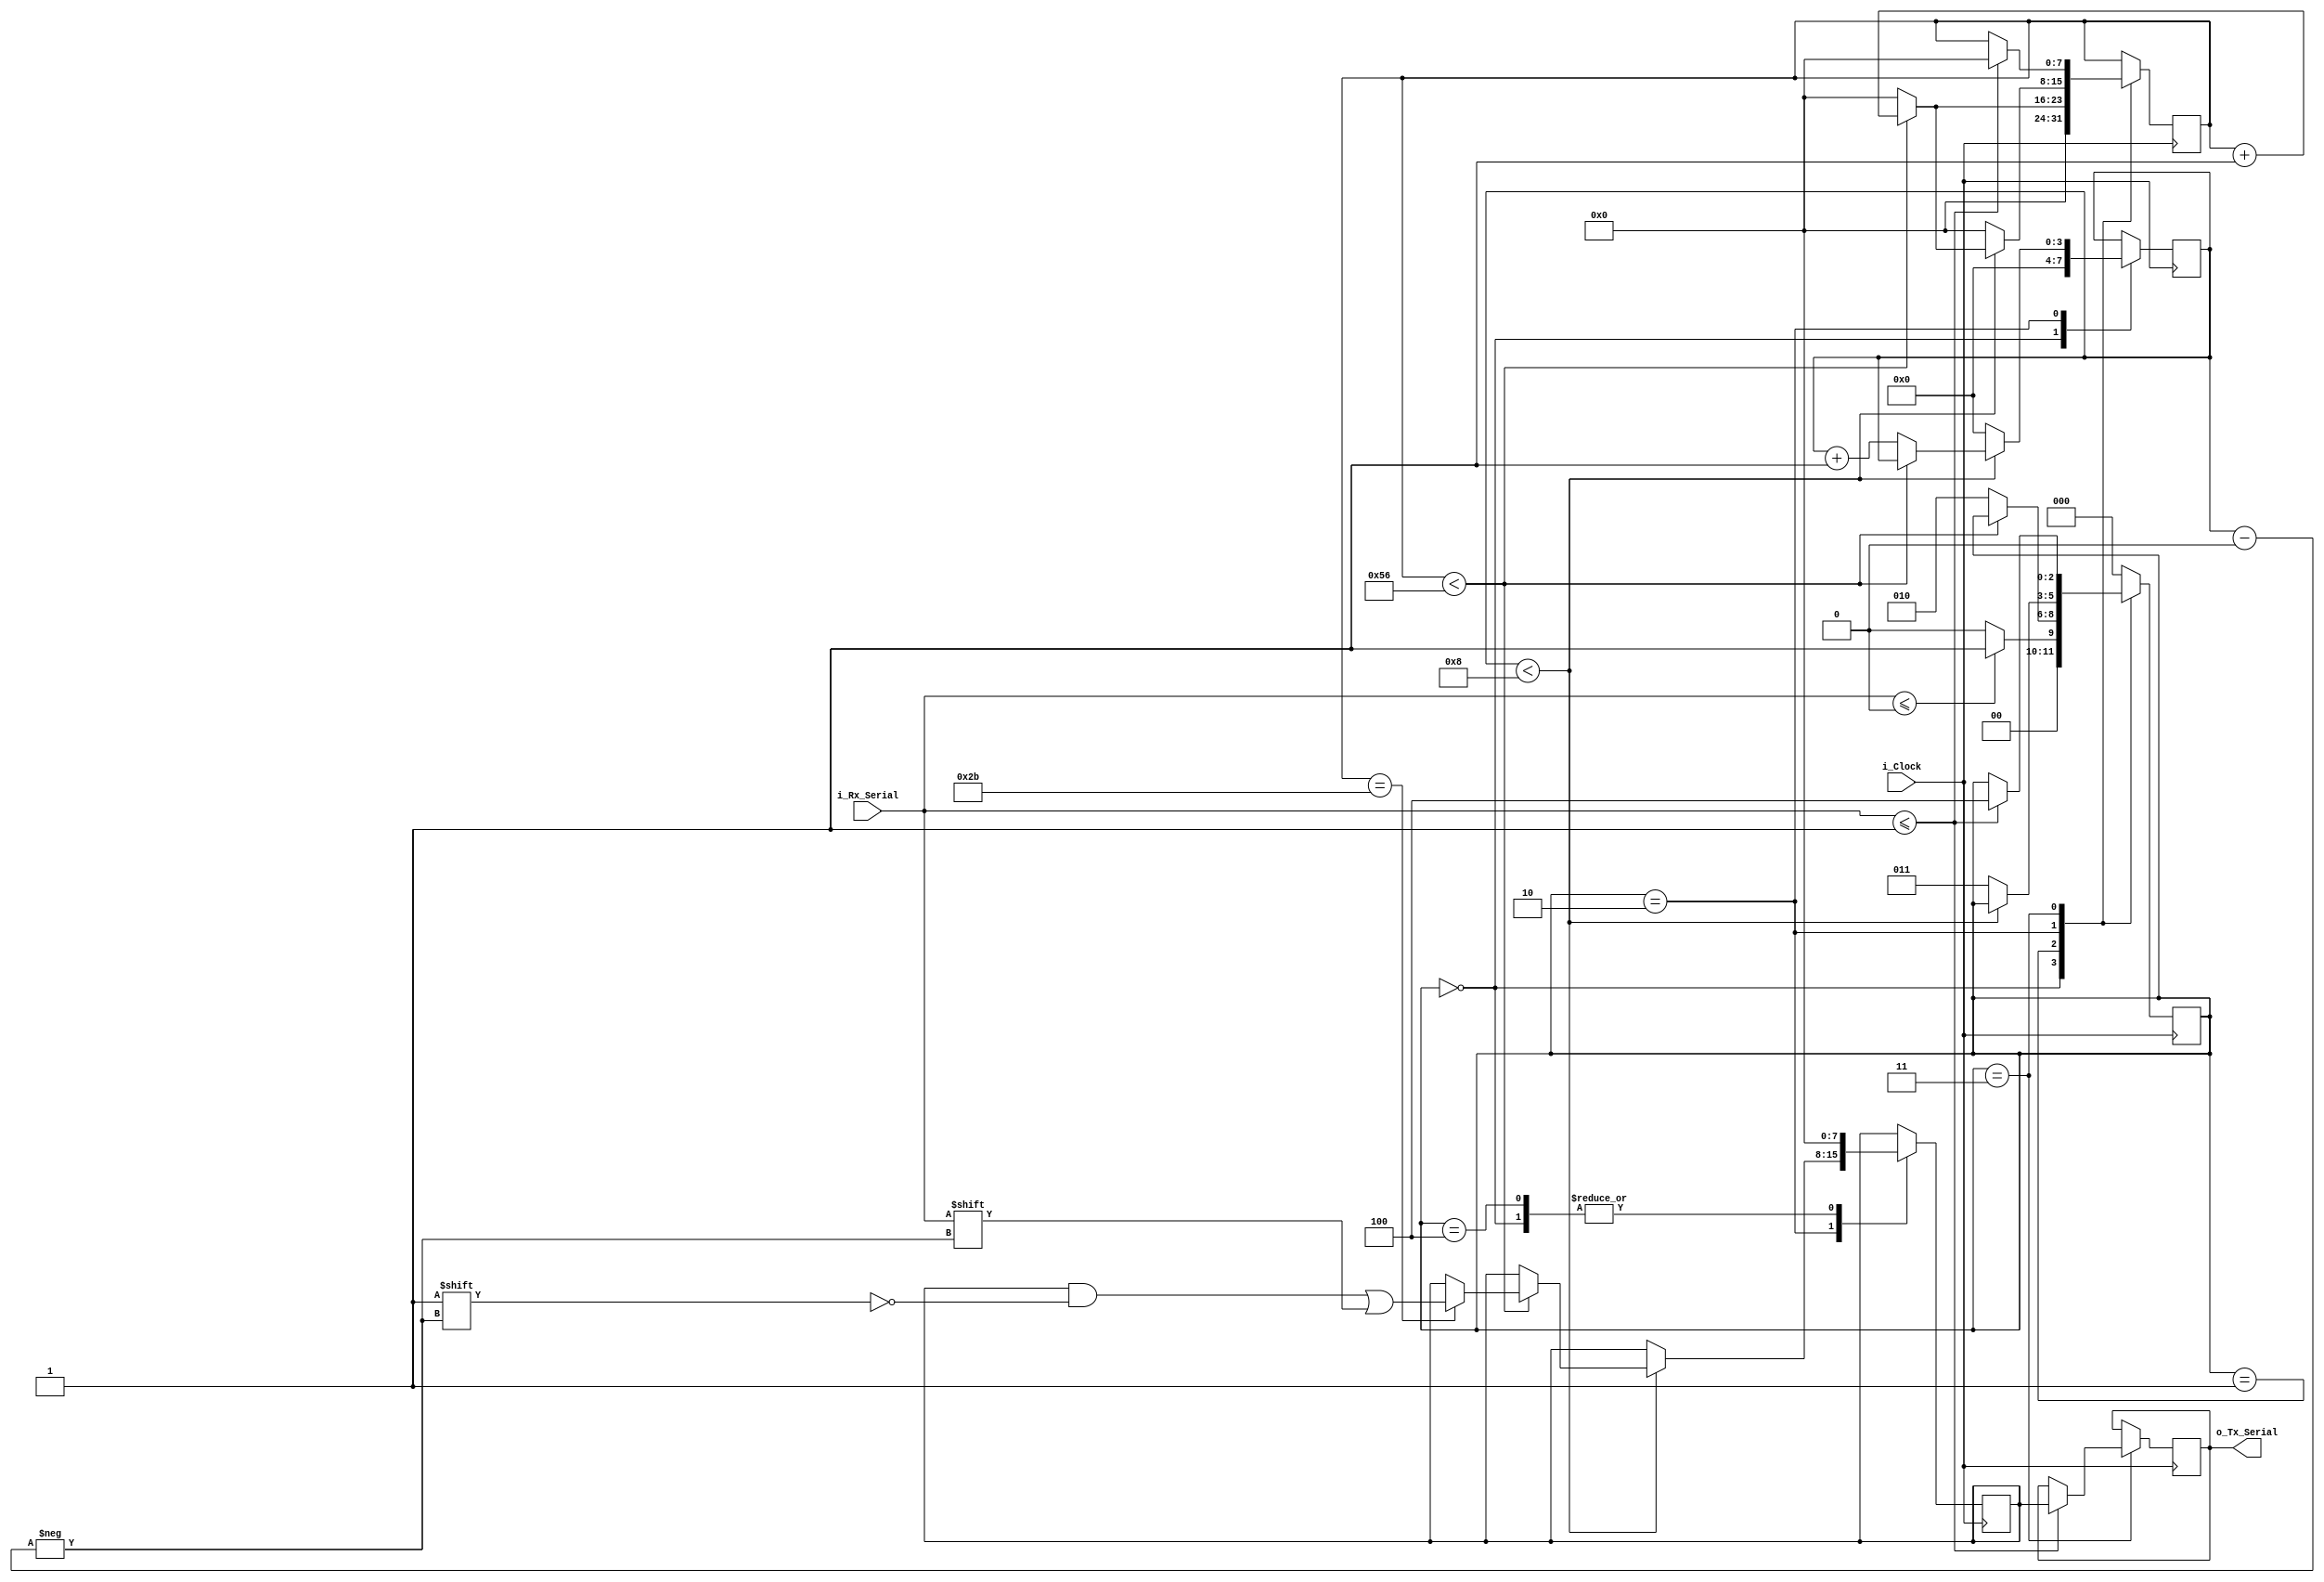
module uart_receiver
// Set Parameter CLKS_PER_BIT as follows:
// CLKS_PER_BIT = (Frequency of i_Clock)/(Frequency of UART)
// Example: 10 MHz Clock, 115200 baud UART
// (10000000)/(115200) = 87
	(
	input		 i_Clock,
	input		 i_Rx_Serial,
	output reg [7:0] o_Tx_Serial
	);
	
	// This is the state machine for all the steps of a UART Communication
	parameter s_IDLE = 3'b000;
	parameter s_RX_START_BIT = 3'b001;
	parameter s_RX_DATA_BYTE = 3'b010;
	parameter s_RX_STOP_BIT = 3'b011;
	parameter s_CLEANCACHE = 3'b100;
	parameter CLKS_PER_BIT = 87;
	
	//reg r_pointer = 1'b0;
	reg [7:0] r_Rx_Data_Cache = 0; 	// Register the receiving data
	reg [7:0] r_Clk_Count = 0; 		// Counts number of Clks
	reg [2:0] r_State_Main = 0; 	// 3 bit State Machine 
	reg [3:0] r_Bits_Count = 0;		// 4 bit count
	
		
	//Initialize
	always @(posedge i_Clock)
		begin
			case (r_State_Main)
				s_IDLE:
					begin
						r_Bits_Count <= 0;
						r_Clk_Count <= 0;
						r_Rx_Data_Cache <= 0;
						//r_pointer <= 0; // Used for more than 1 byte information.
						if (i_Rx_Serial <= 1'b0)
							r_State_Main <= s_RX_START_BIT;
						else
							r_State_Main <= s_IDLE;
					end
				s_RX_START_BIT:
					begin
						if (r_Clk_Count < (CLKS_PER_BIT-1))
							r_Clk_Count <= r_Clk_Count + 1;
						else
							begin
								r_State_Main <= s_RX_DATA_BYTE;
								r_Clk_Count <= 0;
							end
					end
				s_RX_DATA_BYTE:
					begin
						if (r_Bits_Count < 8)
							begin
								if (r_Clk_Count < (CLKS_PER_BIT-1))
									begin
										r_Clk_Count <= r_Clk_Count + 1;
										if (r_Clk_Count == (CLKS_PER_BIT / 2)) //Takes the bit sample at the middle of the bit signal
											r_Rx_Data_Cache[r_Bits_Count] <= i_Rx_Serial;
									end
								else
									begin
										r_Bits_Count <= r_Bits_Count + 1;
										r_Clk_Count <= 0;
									end
							end
						else
							begin
								r_Clk_Count <= 0;
								r_Bits_Count <= 0;
								r_State_Main <= s_RX_STOP_BIT;
							end
					end
				s_RX_STOP_BIT:
					begin
						if (i_Rx_Serial <= 1'b1)
							begin
								r_State_Main <= s_CLEANCACHE;
								o_Tx_Serial <= r_Rx_Data_Cache;
								r_Clk_Count <= 0;
							end
					end
				s_CLEANCACHE:
					begin
						r_State_Main <= s_IDLE;
						r_Rx_Data_Cache <= 0;
					end
				default:
					r_State_Main <= s_IDLE;
			endcase
		end
endmodule